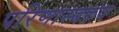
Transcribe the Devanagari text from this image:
परिणास्वरुप